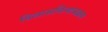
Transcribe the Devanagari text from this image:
विलासविन्यासक्रम